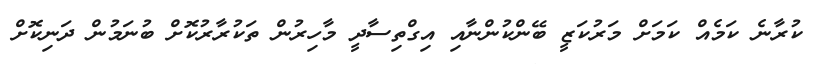
ކުރާނެ ކަމެއް ކަމަށް މަރުކަޒީ ބޭންކުންނާއި އިގްތިސާދީ މާހިރުން ތަކުރާރުކޮށް ބުނަމުން ދަނިކޮށް